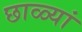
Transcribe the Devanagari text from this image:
छाळ्यां